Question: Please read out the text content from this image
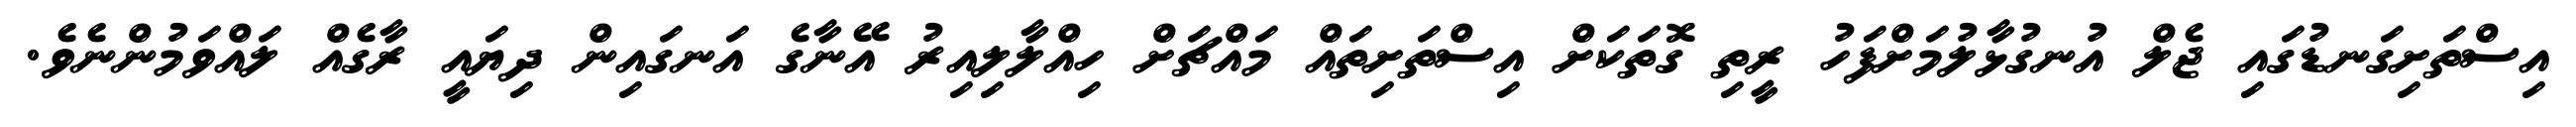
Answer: އިސްތަށިގަނޑުގައި ޖެލް އުނގުޅާލުމަށްފަހު ރީތި ގޮތަކަށް އިސްތަށިތައް މައްޗަށް ހިއްލާލިއިރު އޭނާގެ އަނގައިން ދިޔައީ ރާގެއް ލައްވަމުންނެވެ.